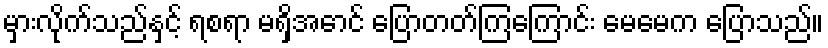
မှားလိုက်သည်နှင့် ရစရာ မရှိအောင် ပြောတတ်ကြကြောင်း မေမေက ပြောသည်။